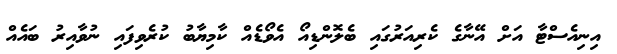
އިނިއެސްޓާ އަށް އޭނާގެ ކެރިއަރުގައި ބެލޮންޑިއޯ އެވޯޑެއް ކާމިޔާބު ކުރެވިފައި ނުވާއިރު ބައެއް